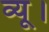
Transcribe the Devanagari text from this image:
व्यू।